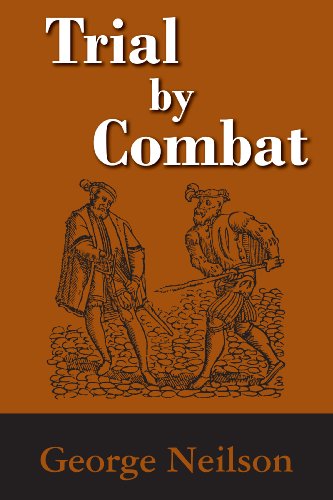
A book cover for Trial by Combat; George Neilson; Law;